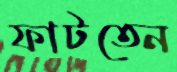
ফাটতেন